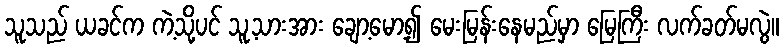
သူသည် ယခင်က ကဲ့သို့ပင် သူ့သားအား ချော့မော့၍ မေးမြန်းနေမည်မှာ မြေကြီး လက်ခတ်မလွဲ။